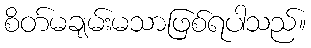
စိတ်မချမ်းမသာဖြစ်ရပါသည်။